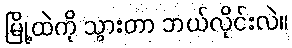
မြို့ထဲကို သွားတာ ဘယ်လိုင်းလဲ။